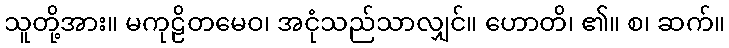
သူတို့အား။ မကုဠိတမေဝ၊ အငုံသည်သာလျှင်။ ဟောတိ၊ ၏။ စ၊ ဆက်။